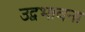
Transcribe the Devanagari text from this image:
उद्वभावना